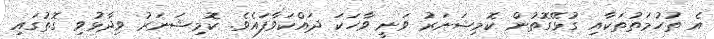
އެ ތުހުމަތުތަކާއި ގުޅޭގޮތުން ކޮމިޝަނަރު ވަނީ ވާހަކަ ދައްކަވާފައެވެ. ކޮމިޝަނަރު ވިދާޅުވި ގޮތުގައި